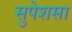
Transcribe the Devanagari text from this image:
सुपेशसा